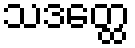
သဒတ္ထေ